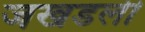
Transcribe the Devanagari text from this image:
जखडली